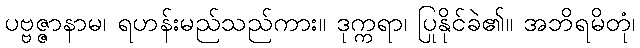
ပဗ္ဗဇ္ဇာနာမ၊ ရဟန်းမည်သည်ကား။ ဒုက္ကရာ၊ ပြုနိုင်ခဲ၏။ အဘိရမိတုံ၊